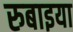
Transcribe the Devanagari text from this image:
रुबाइया